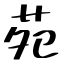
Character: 苑